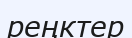
реңктер